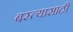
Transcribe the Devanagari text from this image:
बस्त्यासाठी